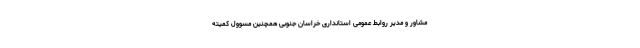
مشاور و مدیر روابط عمومی استانداری خراسان جنوبی همچنین مسوول کمیته